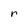
Character: r